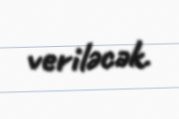
veriləcək.